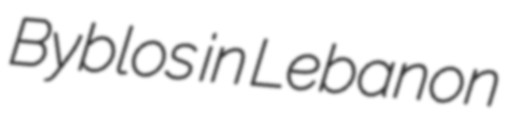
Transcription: Byblos in Lebanon